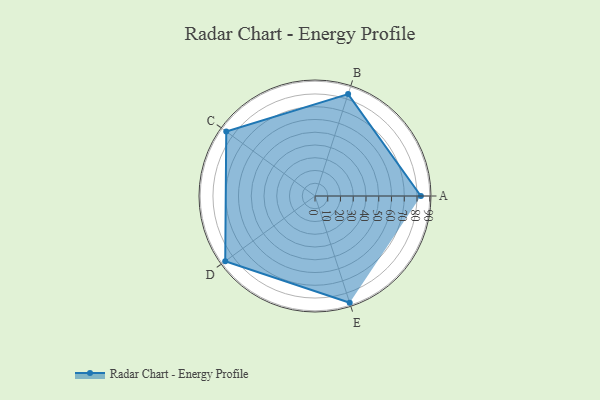
{"axis": {"x": "Skill", "y": "Score"}, "legend": ["Profile"], "data": [{"x": "A", "y": 83.0, "type": "Profile"}, {"x": "B", "y": 84.0, "type": "Profile"}, {"x": "C", "y": 86.0, "type": "Profile"}, {"x": "D", "y": 87.0, "type": "Profile"}, {"x": "E", "y": 88.0, "type": "Profile"}]}